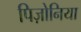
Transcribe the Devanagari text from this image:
पिज़ोनिया